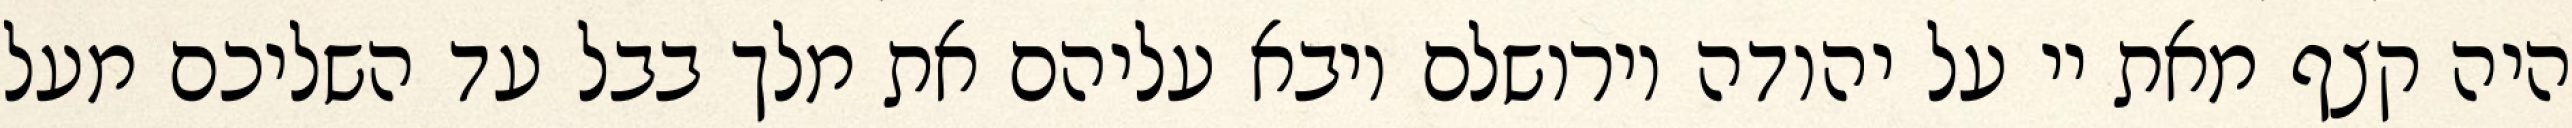
היה קצף מאת יי על יהודה וירושלם ויבא עליהם את מלך בבל עד השליכם מעל